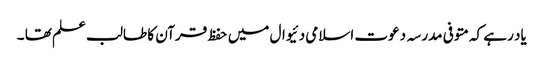
یاد رہے کہ متوفی مدرسہ دعوت اسلامی دئیوال میں حفظ قرآن کا طالب علم تھا ۔